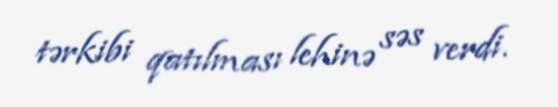
tərkibi qatılması lehinə səs verdi.